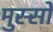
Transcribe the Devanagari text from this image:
मुस्सो